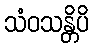
သံဝသန္တိပိ